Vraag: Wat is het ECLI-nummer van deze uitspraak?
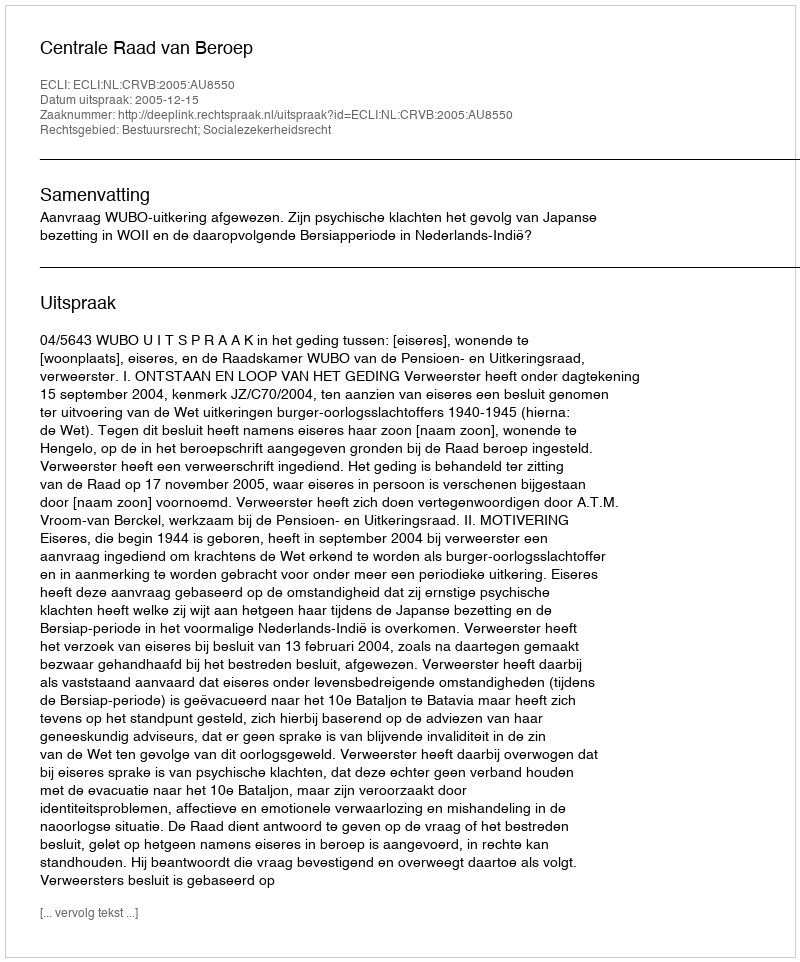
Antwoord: ECLI:NL:CRVB:2005:AU8550